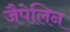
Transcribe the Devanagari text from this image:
जैपेलिन